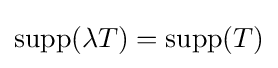
\operatorname {supp} (\lambda T)=\operatorname {supp} (T)